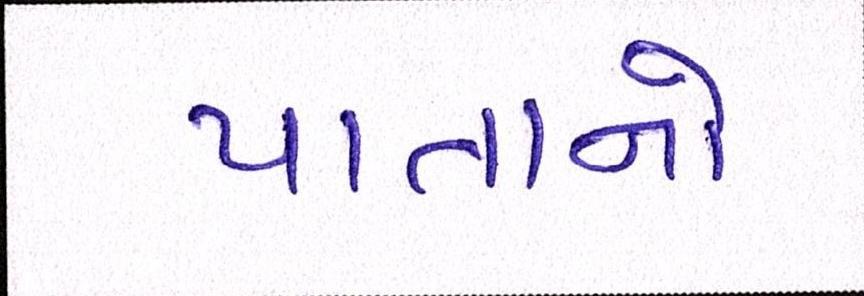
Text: પાતાનો